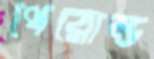
থেরোল্ড